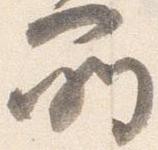
所